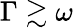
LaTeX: \Gamma\gtrsim\omega